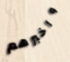
وأخبرهم